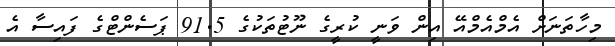
މިހާތަނަށް އެމްއެމްއޭ އިން ވަނީ ކުރީގެ ނޫޓުތަކުގެ 91.5 ޕަސެންޓްގެ ފައިސާ އެ